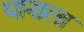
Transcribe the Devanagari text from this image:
घानाला